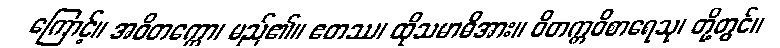
ကြောင့်။ အဝိတက္ကော၊ မည်၏။ ဧတဿ၊ ထိုသမာဓိအား။ ဝိတက္ကဝိစာရေသု၊ တို့တွင်။